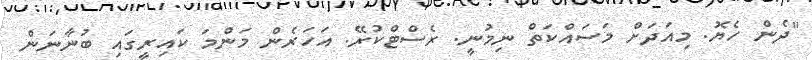
"ދެން ހެޔޮ. މިއަދަށް މަސައްކަތް ނިމުނީ. ރެސްޓްކުރޭ. އަހަރެން މަންމަ ކައިރީގައި ބުނާނަން